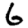
Digit: 6